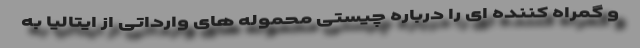
و گمراه کننده ای را درباره چیستی محموله های وارداتی از ایتالیا به